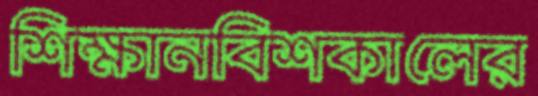
শিক্ষানবিশকালের